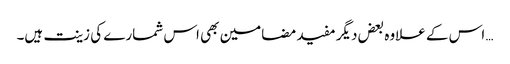
… اس کے علاوہ بعض دیگر مفید مضامین بھی اس شمارے کی زینت ہیں۔